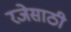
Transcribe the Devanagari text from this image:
रजेसाठी